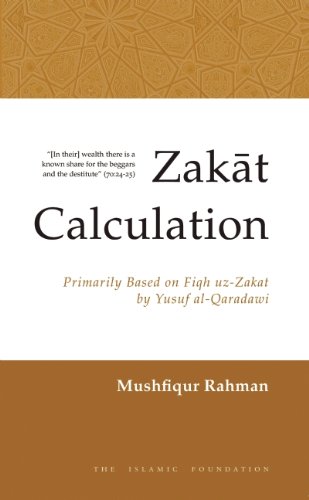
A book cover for Zakat Calculation: A Useful Guide; Mushfiqur Rahman; Religion & Spirituality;